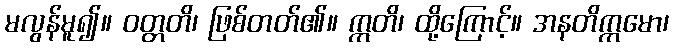
မလွန်မူ၍။ ဝတ္တတိ၊ ဖြစ်တတ်၏။ ဣတိ၊ ထို့ကြောင့်။ အနတိက္ကမော၊